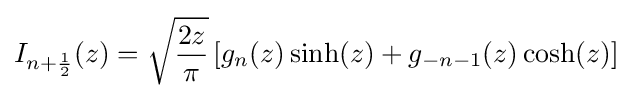
I_{n+{\frac {1}{2}}}(z)={\sqrt {\frac {2z}{\pi }}}\left[g_{n}(z)\sinh(z)+g_{-n-1}(z)\cosh(z)\right]